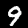
Label: 9